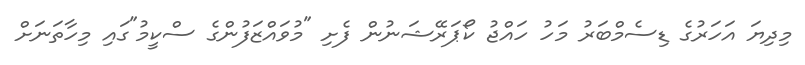
މިދިޔަ އަހަރުގެ ޑިސެމްބަރު މަހު ހައްޖު ކޯޕަރޭޝަނުން ފެށި "މުވައްޒަފުންގެ ސްކީމު"ގައި މިހާތަނަށް